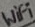
Text: WiFi